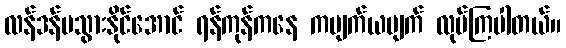
လန်ဒန်မသွားနိုင်အောင် ရန်ကုန်ကနေ ကပျက်ယပျက် လုပ်ကြပါတယ်။